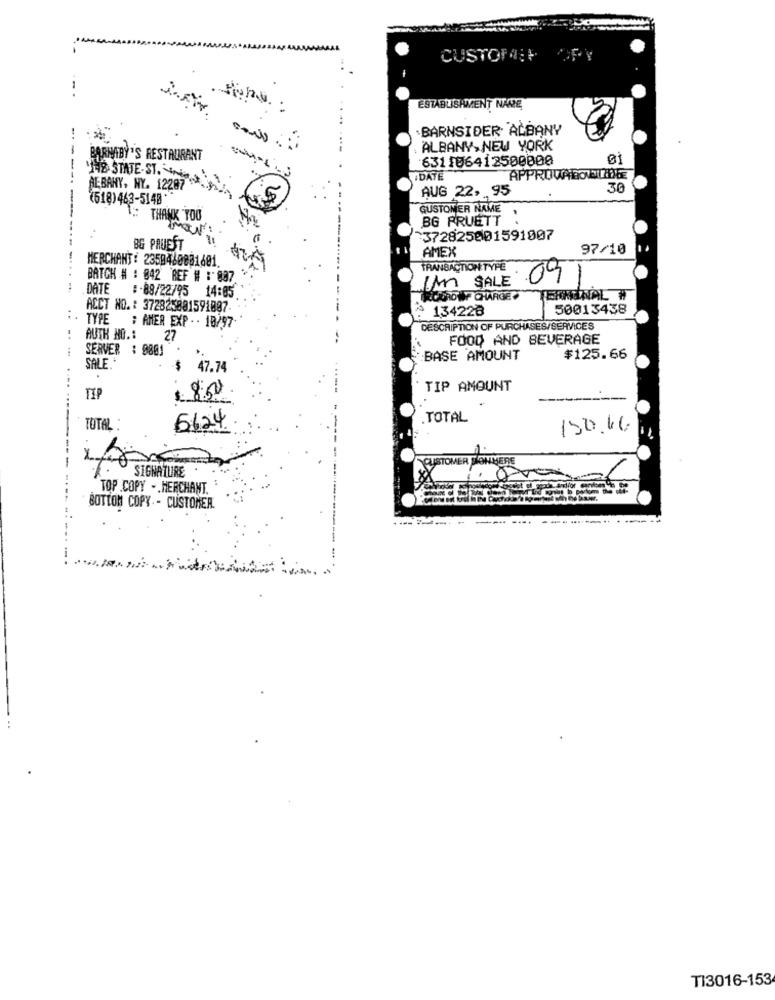
CUSTOF:+
ESTABLISHMENT NARE
BARNSIDER ALBANY
---
ALBANY, NEW YORK
BARNIBY'S RESTAURANT
631106412500000
THE STATE-ST.
DATE
APPROVALONLINE
ALBANY, NY. 12287
AUG 22, 95
30
(618) 463-5140 **
GE
GUSTOMER NAME
1 .: THANK TOO
BG PRUETT
.
:
:372825001591007
BG PRUEST
97/10
MERCHANT: 2350460001601
AMEX
---------...
TRANSACTION TYPE
BATCH # : 042 REF # : 887
IM SALE
DATE
:- 88/22/95 14:05
COROWF CHARGE
TERMINAL W
ACCT NO. : 372825881591807-
134228
50013438
. . TYPE : AMER EXP. - 10/97
DESCRIPTION OF PURCHASES/SERVICES
-.
AUTH NO .:
27
FOOD AND BEVERAGE
SERVER : 0801
BASE AMOUNT
$125.66
SALE
$
47.74
1 8:00
TIP AMOUNT
ПР
6624
TOTAL
TOTAL :
150.46.
CUSTOMER SIONMERE
.
SIGNATURE
TOP COPY -. MERCHANT.
BOTTOM COPY - CUSTOMER.
----------------
TI3016-153